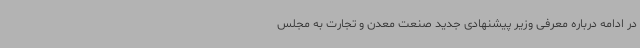
در ادامه درباره معرفی وزیر پیشنهادی جدید صنعت معدن و تجارت به مجلس